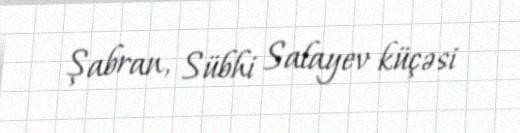
Şabran, Sübhi Salayev küçəsi